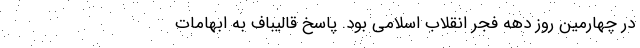
در چهارمین روز دهه فجر انقلاب اسلامی بود. پاسخ قالیباف به ابهامات